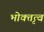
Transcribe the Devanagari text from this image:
भोक्तृत्वं